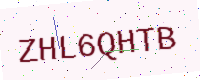
Text: ZHL6QHTB